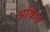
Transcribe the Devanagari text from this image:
अकिध